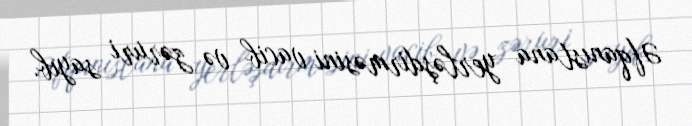
Əfqanıstana yerləşdirməsini vacib və zəruri sayıb.